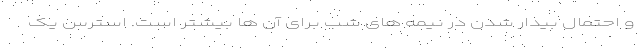
و احتمال بیدار شدن در نیمه‌ های شب برای آن‌ ها بیشتر است. استرس یک